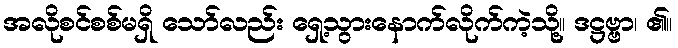
အလိုစင်စစ်မရှိ သော်လည်း ရှေ့သွားနောက်လိုက်ကဲ့သို့။ ဒဋ္ဌဗ္ဗာ၊ ၏။